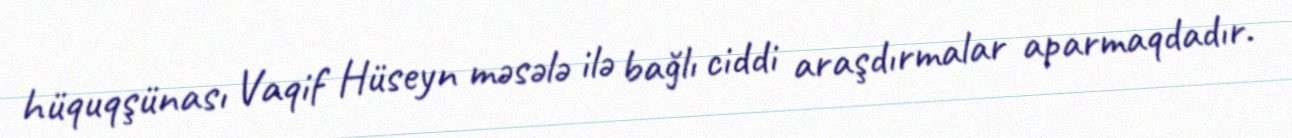
hüquqşünası Vaqif Hüseyn məsələ ilə bağlı ciddi araşdırmalar aparmaqdadır.